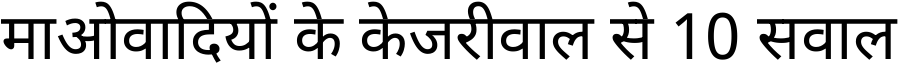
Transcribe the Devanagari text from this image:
माओवादियों के केजरीवाल से 10 सवाल